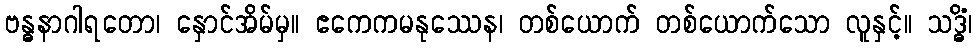
ဗန္ဓနာဂါရတော၊ နှောင်အိမ်မှ။ ဧကေကမနုဿေန၊ တစ်ယောက် တစ်ယောက်သော လူနှင့်။ သဒ္ဓိံ၊